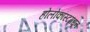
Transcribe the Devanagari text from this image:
होलोकॉस्टमधून